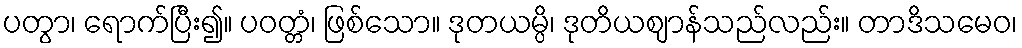
ပတွာ၊ ရောက်ပြီး၍။ ပဝတ္တံ၊ ဖြစ်သော။ ဒုတယမ္ပိ၊ ဒုတိယဈာန်သည်လည်း။ တာဒိသမေဝ၊